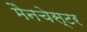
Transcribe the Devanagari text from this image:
मैनचेस्‍टर